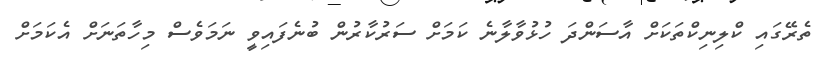
ތެރޭގައި ކްލިނިކްތަކަށް އާސަންދަ ހުޅުވާލާނެ ކަމަށް ސަރުކާރުން ބުނެފައިވީ ނަމަވެސް މިހާތަނަށް އެކަމަށް